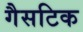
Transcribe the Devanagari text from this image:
गैसटिक